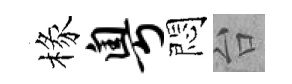
椽粤悶台